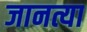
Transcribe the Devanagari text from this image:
जानत्या